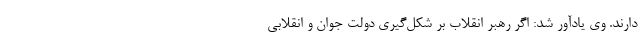
دارند. وی یادآور شد: اگر رهبر انقلاب بر شکل‌گیری دولت جوان و انقلابی